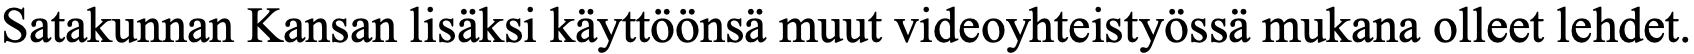
Satakunnan Kansan lisäksi käyttöönsä muut videoyhteistyössä mukana olleet lehdet.